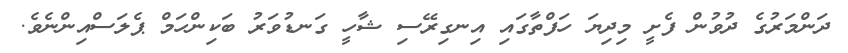
ދަންމަރުގެ ދުވުން ފެށީ މިދިޔަ ހަފްތާގައި އިނގިރޭސި ޝާހީ ގަނޑުވަރު ބަކިންހަމް ޕެލަސްއިންނެވެ.